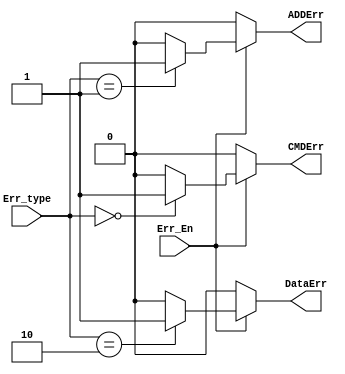
module Error_Decoder (
    input wire [1:0] Err_type,
    input wire       Err_En,
    output reg       CMDErr,
    output reg       ADDErr,
    output reg       DataErr
);

always @(*) begin
    CMDErr = 1'b0;
    ADDErr = 1'b0;
    DataErr = 1'b0;
 if (Err_En) begin
    case (Err_type)
        2'd0: CMDErr = 1'b1;
        3'd1: ADDErr = 1'b1;
        3'd2: DataErr = 1'b1; 
        default: begin
            CMDErr = 1'b0;
            ADDErr = 1'b0;
            DataErr = 1'b0;
        end
    endcase
 end
 else begin
    CMDErr = 1'b0;
    ADDErr = 1'b0;
    DataErr = 1'b0;
 end
end
    
endmodule